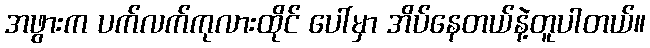
အဖွားက ပက်လက်ကုလားထိုင် ပေါ်မှာ အိပ်နေတယ်နဲ့တူပါတယ်။